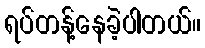
ရပ်တန့်နေခဲ့ပါတယ်။